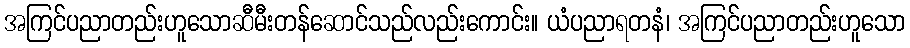
အကြင်ပညာတည်းဟူသောဆီမီးတန်ဆောင်သည်လည်းကောင်း။ ယံပညာရတနံ၊ အကြင်ပညာတည်းဟူသော